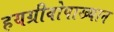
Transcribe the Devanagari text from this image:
हयग्रीवोपाख्यान